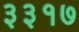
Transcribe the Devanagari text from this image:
३३१७